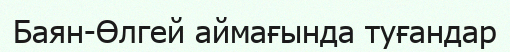
Баян-Өлгей аймағында туғандар